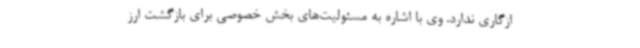
ازگاری ندارد. وی با اشاره به مسئولیت‌های بخش خصوصی برای بازگشت ارز